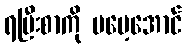
ရပြီးစာကို မမေ့အောင်